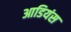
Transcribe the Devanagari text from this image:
आडियंस